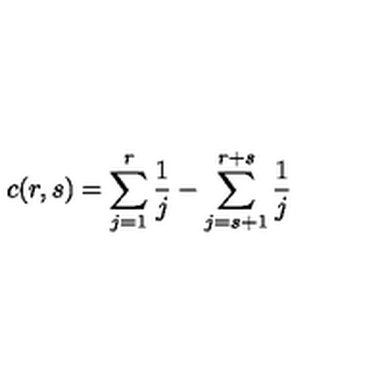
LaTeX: c ( r , s ) = \sum _ { j = 1 } ^ { r } \frac { 1 } { j } - \sum _ { j = s + 1 } ^ { r + s } \frac { 1 } { j }